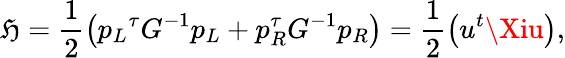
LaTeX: \mathfrak{H}=\frac{{1}}{{2}}\left({p_{L}}^{\tau}G^{-1}p_{L}+{p_{R}^{\tau}}G^{-1}p_{R}\right)=\frac{{1}}{{2}}\left(u^{t}\Xiu\right),